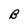
Character: B